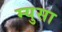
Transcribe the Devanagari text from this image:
म्युसा